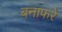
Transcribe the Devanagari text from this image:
बनाफरे